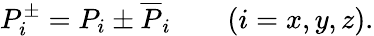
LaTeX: P_{i}^{\pm}=P_{i}\pm\overline{{{P}}}_{i}\qquad(i=x,y,z).